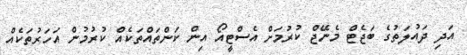
އަދި ދައުލަތުގެ ބަޖެޓް މެނޭޖް ކުރުމަށް އެސްޓީއޯ އިން ކަންތައްތަކެއް ކުރުމުން އަހަރުތަކެއް